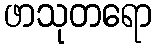
ဖာသုတရော